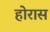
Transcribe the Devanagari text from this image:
होरास